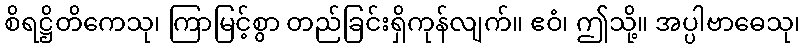
စိရဋ္ဌိတိကေသု၊ ကြာမြင့်စွာ တည်ခြင်းရှိကုန်လျက်။ ဧဝံ၊ ဤသို့။ အပ္ပါဗာဓေသု၊